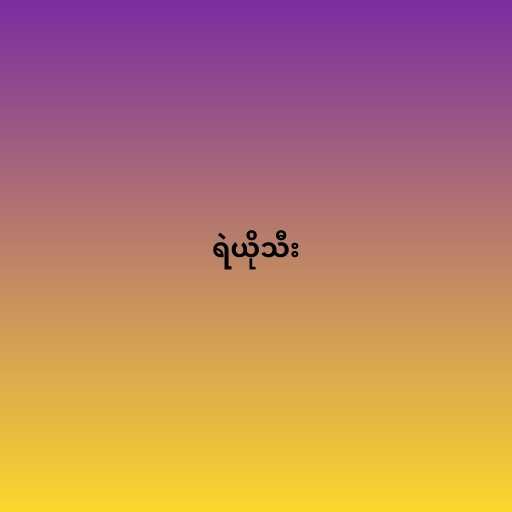
ရဲယိုသီး